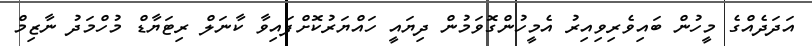
އަދަދެއްގެ މީހުން ބައިވެރިވިއިރު އެމީހުންގޮވަމުން ދިޔައީ ހައްޔަރުކޮށްފައިވާ ކާނަލް ރިޓަޔާޑް މުހްމަދު ނާޒިމް